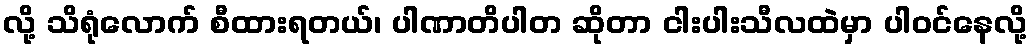
လို့ သိရုံလောက် စီထားရတယ်၊ ပါဏာတိပါတ ဆိုတာ ငါးပါးသီလထဲမှာ ပါဝင်နေလို့